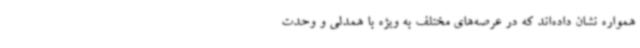
همواره نشان داده‌اند که در عرصه‌های مختلف به ویژه با همدلی و وحدت